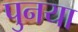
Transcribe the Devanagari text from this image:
पुनया